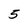
Character: 5